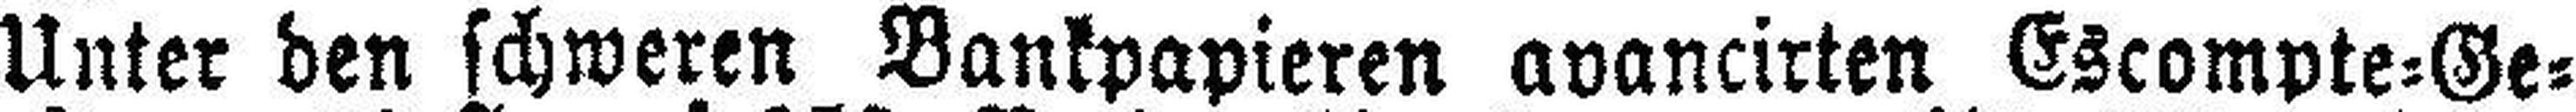
Unter den schweren Bankpapieren avancirten Escompte=Ge¬